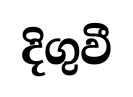
දිගුවී